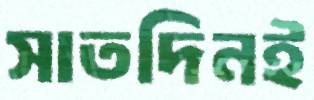
সাতদিনই